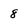
Character: 8